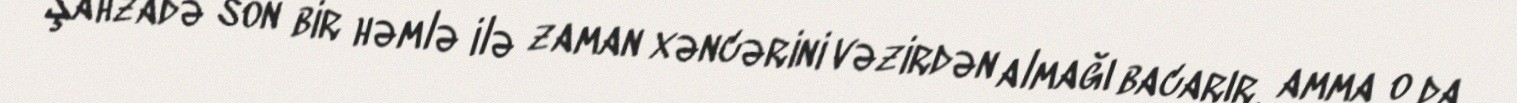
Şahzadə son bir həmlə ilə zaman xəncərini vəzirdən almağı bacarır, amma o da